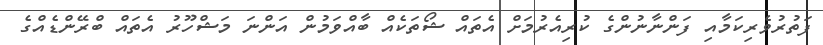
ފަތުރުވެރިކަމާއި ފަންނާނުންގެ ކުރިއެރުމަށް އެތައް ޝޯތަކެއް ބާއްވަމުން އަންނަ މަޝްހޫރު އެތައް ބްރޭންޑެއްގެ